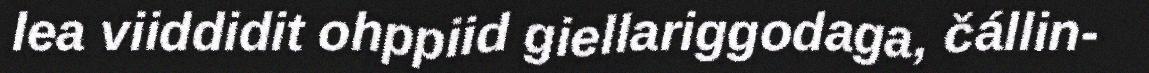
lea viiddidit ohppiid giellariggodaga, čállin-